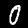
Label: 0